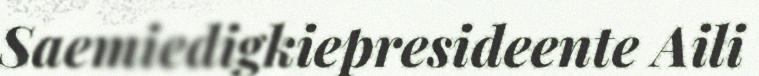
Saemiedigkiepresideente Aili